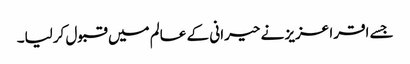
جسے اقرا عزیز نے حیرانی کے عالم میں قبول کرلیا۔